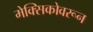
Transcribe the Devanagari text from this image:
मेक्सिकोवरून